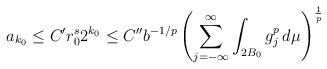
LaTeX: \begin{align*}a_{k_0}\leq C'r_0^s2^{k_0}\leq C''b^{-1/p}\left(\sum_{j=-\infty}^{\infty}\int_{2B_0}g_j^p\,d\mu\right)^{\frac{1}{p}}\end{align*}